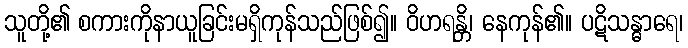
သူတို့၏ စကားကိုနာယူခြင်းမရှိကုန်သည်ဖြစ်၍။ ဝိဟရန္တိ၊ နေကုန်၏။ ပဋိသန္ဓာရေ၊